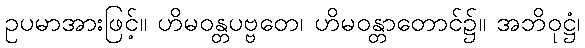
ဥပမာအားဖြင့်။ ဟိမဝန္တပဗ္ဗတေ၊ ဟိမဝန္တာတောင်၌။ အဘိဝုဋ္ဌံ၊